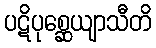
ပဋိပုစ္ဆေယျာသီတိ